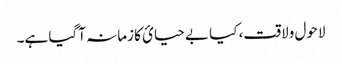
لاحول ولاقت، کیا بے حیائ کا زمانہ آگیا ہے۔